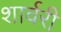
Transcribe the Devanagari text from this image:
शार्वरी